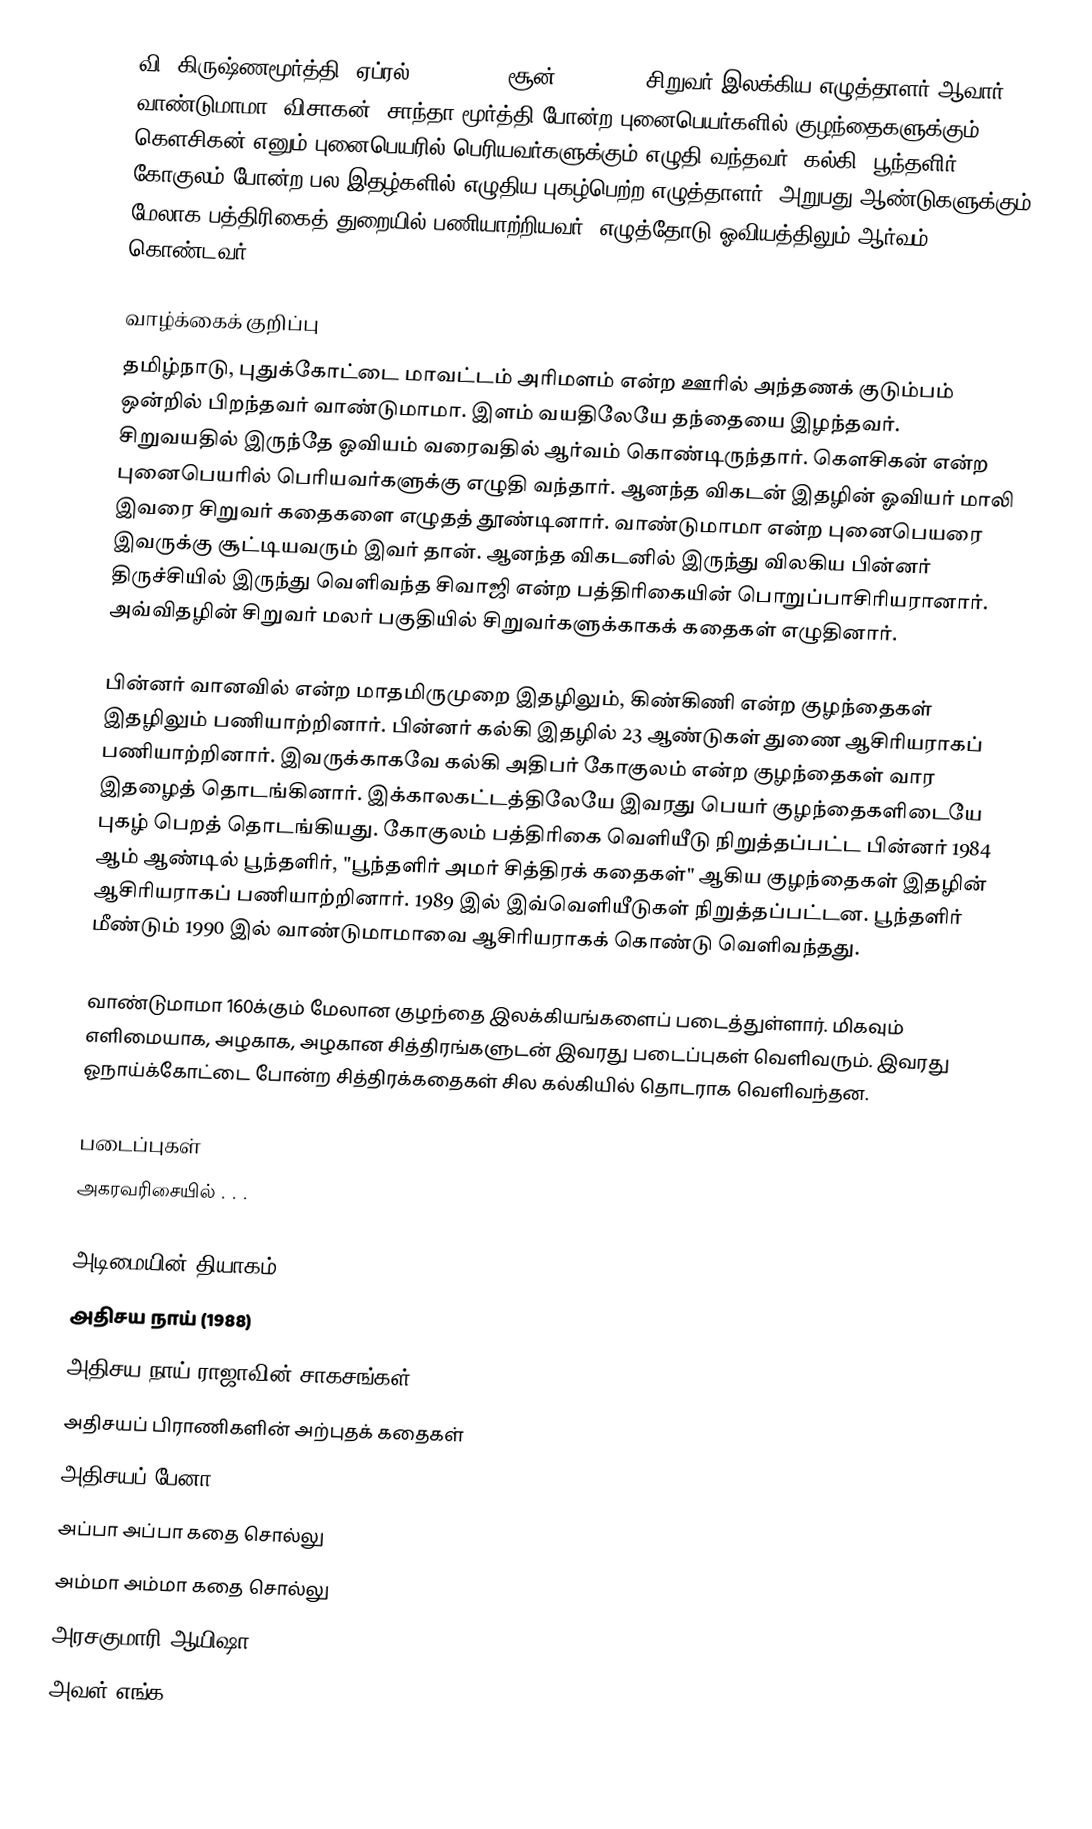
வி. கிருஷ்ணமூர்த்தி (ஏப்ரல் 21, 1925 - சூன் 12, 2014) சிறுவர் இலக்கிய எழுத்தாளர் ஆவார். வாண்டுமாமா, விசாகன், சாந்தா மூர்த்தி போன்ற புனைபெயர்களில் குழந்தைகளுக்கும் கௌசிகன் எனும் புனைபெயரில் பெரியவர்களுக்கும் எழுதி வந்தவர். கல்கி, பூந்தளிர், கோகுலம் போன்ற பல இதழ்களில் எழுதிய புகழ்பெற்ற எழுத்தாளர். அறுபது ஆண்டுகளுக்கும் மேலாக பத்திரிகைத் துறையில் பணியாற்றியவர். எழுத்தோடு ஓவியத்திலும் ஆர்வம் கொண்டவர்.

வாழ்க்கைக் குறிப்பு
தமிழ்நாடு, புதுக்கோட்டை மாவட்டம் அரிமளம் என்ற ஊரில் அந்தணக் குடும்பம் ஒன்றில் பிறந்தவர் வாண்டுமாமா. இளம் வயதிலேயே தந்தையை இழந்தவர். சிறுவயதில் இருந்தே ஓவியம் வரைவதில் ஆர்வம் கொண்டிருந்தார். கௌசிகன் என்ற புனைபெயரில் பெரியவர்களுக்கு எழுதி வந்தார். ஆனந்த விகடன் இதழின் ஓவியர் மாலி இவரை சிறுவர் கதைகளை எழுதத் தூண்டினார். வாண்டுமாமா என்ற புனைபெயரை இவருக்கு சூட்டியவரும் இவர் தான். ஆனந்த விகடனில் இருந்து விலகிய பின்னர் திருச்சியில் இருந்து வெளிவந்த சிவாஜி என்ற பத்திரிகையின் பொறுப்பாசிரியரானார். அவ்விதழின் சிறுவர் மலர் பகுதியில் சிறுவர்களுக்காகக் கதைகள் எழுதினார்.

பின்னர் வானவில் என்ற மாதமிருமுறை இதழிலும், கிண்கிணி என்ற குழந்தைகள் இதழிலும் பணியாற்றினார். பின்னர் கல்கி இதழில் 23 ஆண்டுகள் துணை ஆசிரியராகப் பணியாற்றினார். இவருக்காகவே கல்கி அதிபர் கோகுலம் என்ற குழந்தைகள் வார இதழைத் தொடங்கினார். இக்காலகட்டத்திலேயே இவரது பெயர் குழந்தைகளிடையே புகழ் பெறத் தொடங்கியது. கோகுலம் பத்திரிகை வெளியீடு நிறுத்தப்பட்ட பின்னர் 1984 ஆம் ஆண்டில் பூந்தளிர், "பூந்தளிர் அமர் சித்திரக் கதைகள்" ஆகிய குழந்தைகள் இதழின் ஆசிரியராகப் பணியாற்றினார். 1989 இல் இவ்வெளியீடுகள் நிறுத்தப்பட்டன. பூந்தளிர் மீண்டும் 1990 இல் வாண்டுமாமாவை ஆசிரியராகக் கொண்டு வெளிவந்தது.

வாண்டுமாமா 160க்கும் மேலான குழந்தை இலக்கியங்களைப் படைத்துள்ளார். மிகவும் எளிமையாக, அழகாக, அழகான சித்திரங்களுடன் இவரது படைப்புகள் வெளிவரும். இவரது ஓநாய்க்கோட்டை போன்ற சித்திரக்கதைகள் சில கல்கியில் தொடராக வெளிவந்தன.

படைப்புகள்
அகரவரிசையில் . . .

 அடிமையின் தியாகம்
 அதிசய நாய் (1988)
 அதிசய நாய் ராஜாவின் சாகசங்கள்
 அதிசயப் பிராணிகளின் அற்புதக் கதைகள்
 அதிசயப் பேனா
 அப்பா அப்பா கதை சொல்லு
 அம்மா அம்மா கதை சொல்லு
 அரசகுமாரி ஆயிஷா
 அவள் எங்க